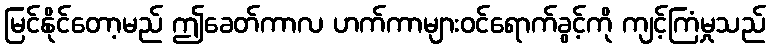
မြင်နိုင်တော့မည် ဤခေတ်ကာလ ဟက်ကာများဝင်ရောက်ခွင့်ကို ကျင့်ကြံမှုသည်